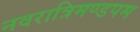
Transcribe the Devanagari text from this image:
नवरात्रिमण्डपम